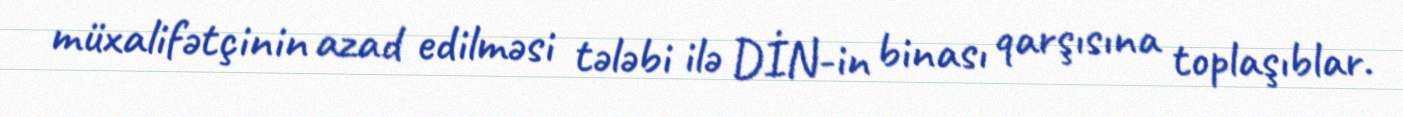
müxalifətçinin azad edilməsi tələbi ilə DİN-in binası qarşısına toplaşıblar.